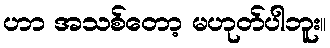
ဟာ အသစ်တော့ မဟုတ်ပါဘူး။